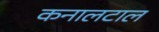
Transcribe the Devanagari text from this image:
कनालटाल